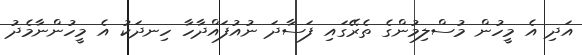
އަދި އެ މީހުން މުސްލިމުންގެ ތެރޭގައި ފަސާދަ ނުއުފައްދާހާ ހިނދަކު އެ މީހުންނާމެދު